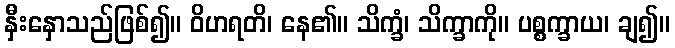
နှီးနှောသည်ဖြစ်၍။ ဝိဟရတိ၊ နေ၏။ သိက္ခံ၊ သိက္ခာကို။ ပစ္စက္ခာယ၊ ချ၍။